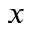
x